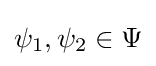
\psi _{1},\psi _{2}\in \Psi